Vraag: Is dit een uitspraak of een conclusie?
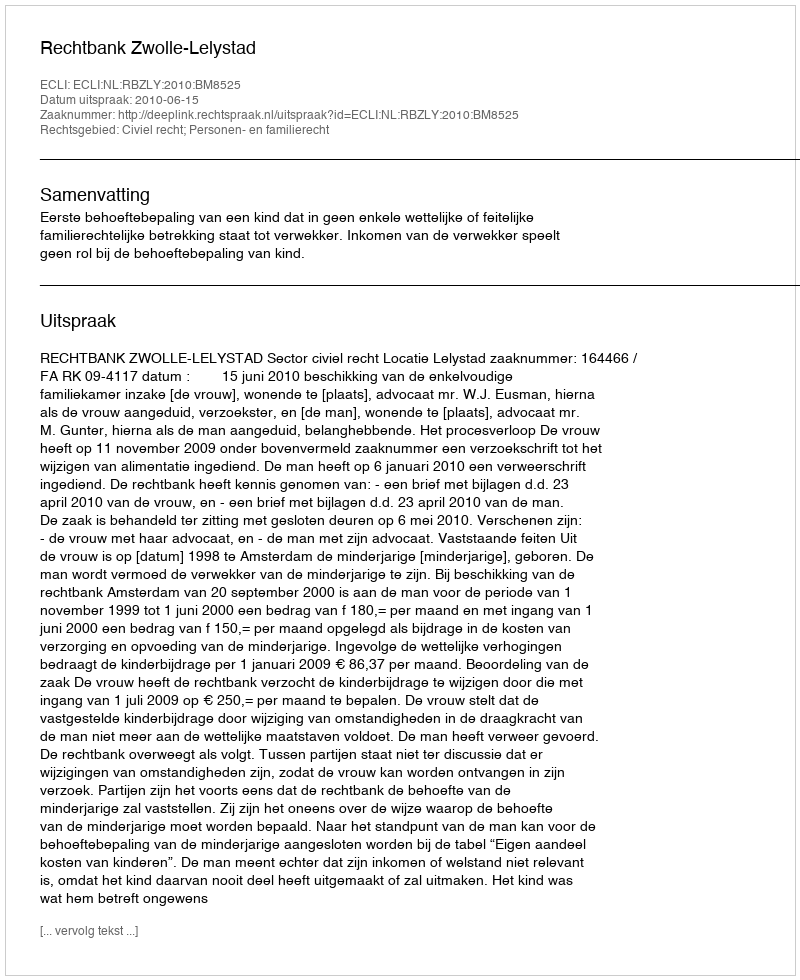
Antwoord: Uitspraak